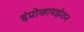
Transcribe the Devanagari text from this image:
इंप्रोव्हायझेशन